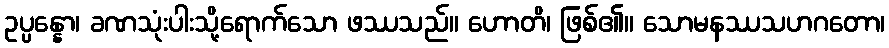
ဥပ္ပန္နော၊ ခဏသုံးပါးသို့ရောက်သော ဖဿသည်။ ဟောတိ၊ ဖြစ်၏။ သောမနဿသဟဂတော၊